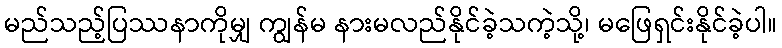
မည်သည့်ပြဿနာကိုမျှ ကျွန်မ နားမလည်နိုင်ခဲ့သကဲ့သို့၊ မဖြေရှင်းနိုင်ခဲ့ပါ။